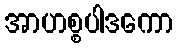
အာဟစ္စပါဒကော